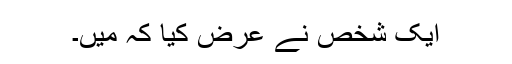
ایک شخص نے عرض کیا کہ میں۔